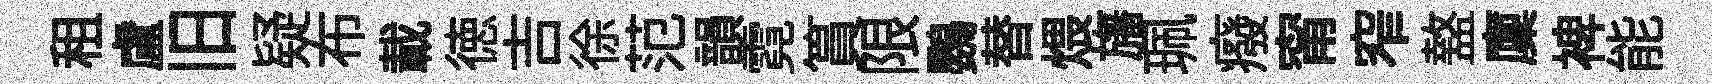
租盧旧疑布載徳吉徐范韻霓篔限鸚替煨旛珮癈甯窄盩廩裨能